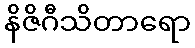
နိဇိဂီသိတာရော